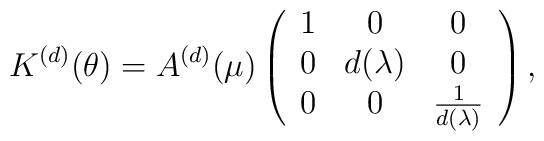
K^{(d)}(\theta)=A^{(d)}(\mu)\left(\begin{array}{ccc}1&0&0\\0&d(\lambda)&0\\0&0&\frac{1}{d(\lambda)}\end{array}\right),